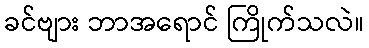
ခင်ဗျား ဘာအရောင် ကြိုက်သလဲ။